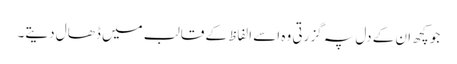
جو کچھ ان کے دل پہ گزرتی وہ اسے الفاظ کے قالب میں ڈھال دیتے۔